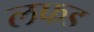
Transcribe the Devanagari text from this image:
लफड